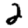
Digit: 2